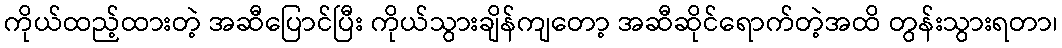
ကိုယ်ထည့်ထားတဲ့ အဆီပြောင်ပြီး ကိုယ်သွားချိန်ကျတော့ အဆီဆိုင်ရောက်တဲ့အထိ တွန်းသွားရတာ၊